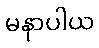
မနာပါယ